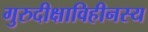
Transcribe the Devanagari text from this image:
गुरुदीक्षाविहीनस्य